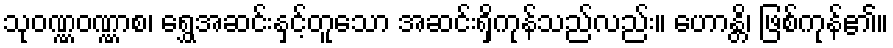
သုဝဏ္ဏဝဏ္ဏာစ၊ ရွှေအဆင်းနှင့်တူသော အဆင်းရှိကုန်သည်လည်း။ ဟောန္တိ၊ ဖြစ်ကုန်၏။